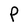
Character: P